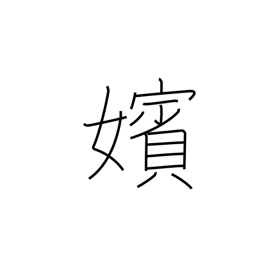
Meaning: marriage